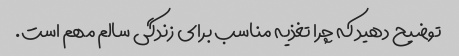
توضیح دهید که چرا تغذیه مناسب برای زندگی سالم مهم است.